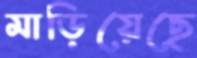
মাড়িয়েছে